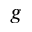
g